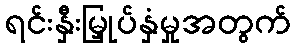
ရင်းနှီးမြှုပ်နှံမှုအတွက်